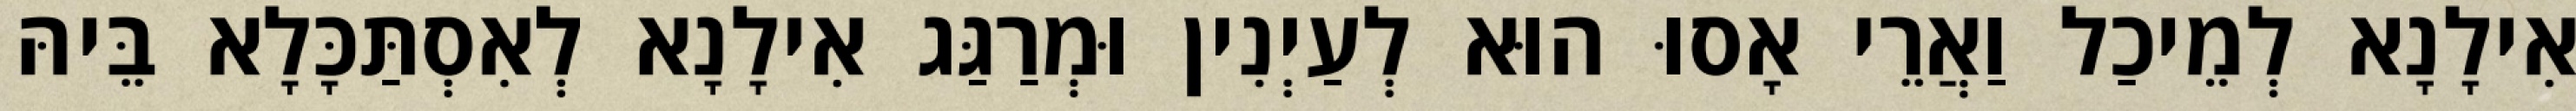
אִילָנָא לְמֵיכַל וַאֲרֵי אָסוּ הוּא לְעַיְנִין וּמְרַגַּג אִילָנָא לְאִסְתַּכָּלָא בֵּיהּ